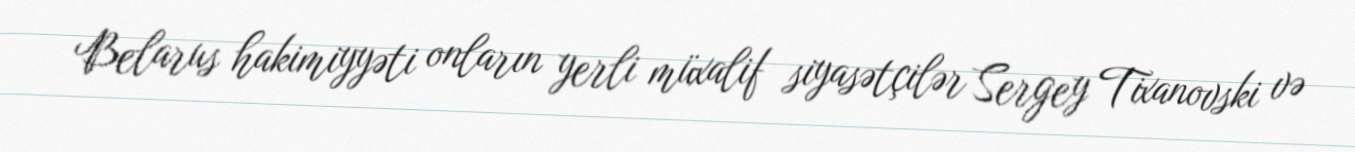
Belarus hakimiyyəti onların yerli müxalif siyasətçilər Sergey Tixanovski və